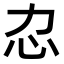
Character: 𢖰